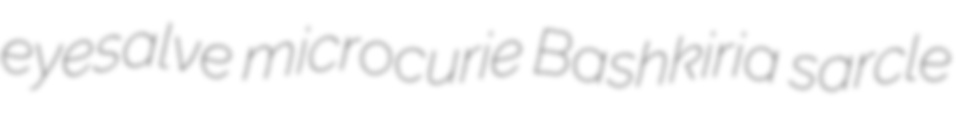
eyesalve microcurie Bashkiria sarcle